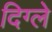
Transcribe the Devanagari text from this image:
दिग्ले